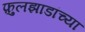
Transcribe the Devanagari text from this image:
फ़ुलझाडांच्या